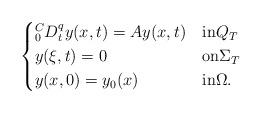
LaTeX: \begin{align*}\begin{cases}{}^{C}_{0}D_{t}^{q}y(x,t) = A y(x,t) & \hbox{in} Q_{T} \\y(\xi,t) = 0 & \hbox{on} \Sigma_{T}\\ y(x,0) = y_{0}(x) & \hbox{in} \Omega.\end{cases}\end{align*}